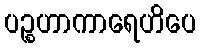
ပဉ္စဟာကာရေဟိပေ